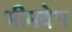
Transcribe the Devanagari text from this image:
भीमवेग